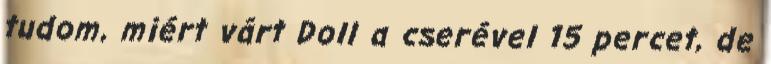
tudom, miért várt Doll a cserével 15 percet, de